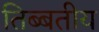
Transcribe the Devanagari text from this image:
तिब्बतीय